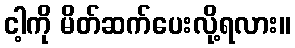
ငါ့ကို မိတ်ဆက်ပေးလို့ရလား။